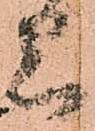
上